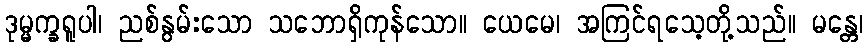
ဒုမ္မက္ခရူပါ၊ ညစ်နွမ်းသော သဘောရှိကုန်သော။ ယေမေ၊ အကြင်ရသေ့တို့သည်။ မန္တေ၊